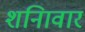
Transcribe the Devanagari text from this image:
शनिावार